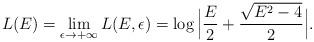
LaTeX: \begin{align*}L(E)=\lim_{\epsilon\rightarrow +\infty} L(E,\epsilon)=\log \Big|\frac{E}{2}+\frac{\sqrt{E^{2}-4}}{2}\Big|.\end{align*}